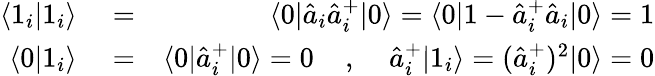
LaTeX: \begin{array}{rlr}{\langle 1_{i}|1_{i}\rangle}&{{}=}&{\langle 0|\hat{a}_{i}\hat{a}_{i}^{+}|0\rangle=\langle 0|1-\hat{a}_{i}^{+}\hat{a}_{i}|0\rangle=1}\\ {\langle 0|1_{i}\rangle}&{{}=}&{\langle 0|\hat{a}_{i}^{+}|0\rangle=0\; \; \; \; ,\; \; \; \; \hat{a}_{i}^{+}|1_{i}\rangle=(\hat{a}_{i}^{+})^{2}|0\rangle=0}\end{array}